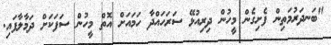
"ބަނދަރުމަތިން ފެށިގެން މީހުން ދިރިއުޅޭ ސަރަހައްދާ ހަމައަށް އޮތް މީހުން ސަފަކަށް ދަމާލާފައި.